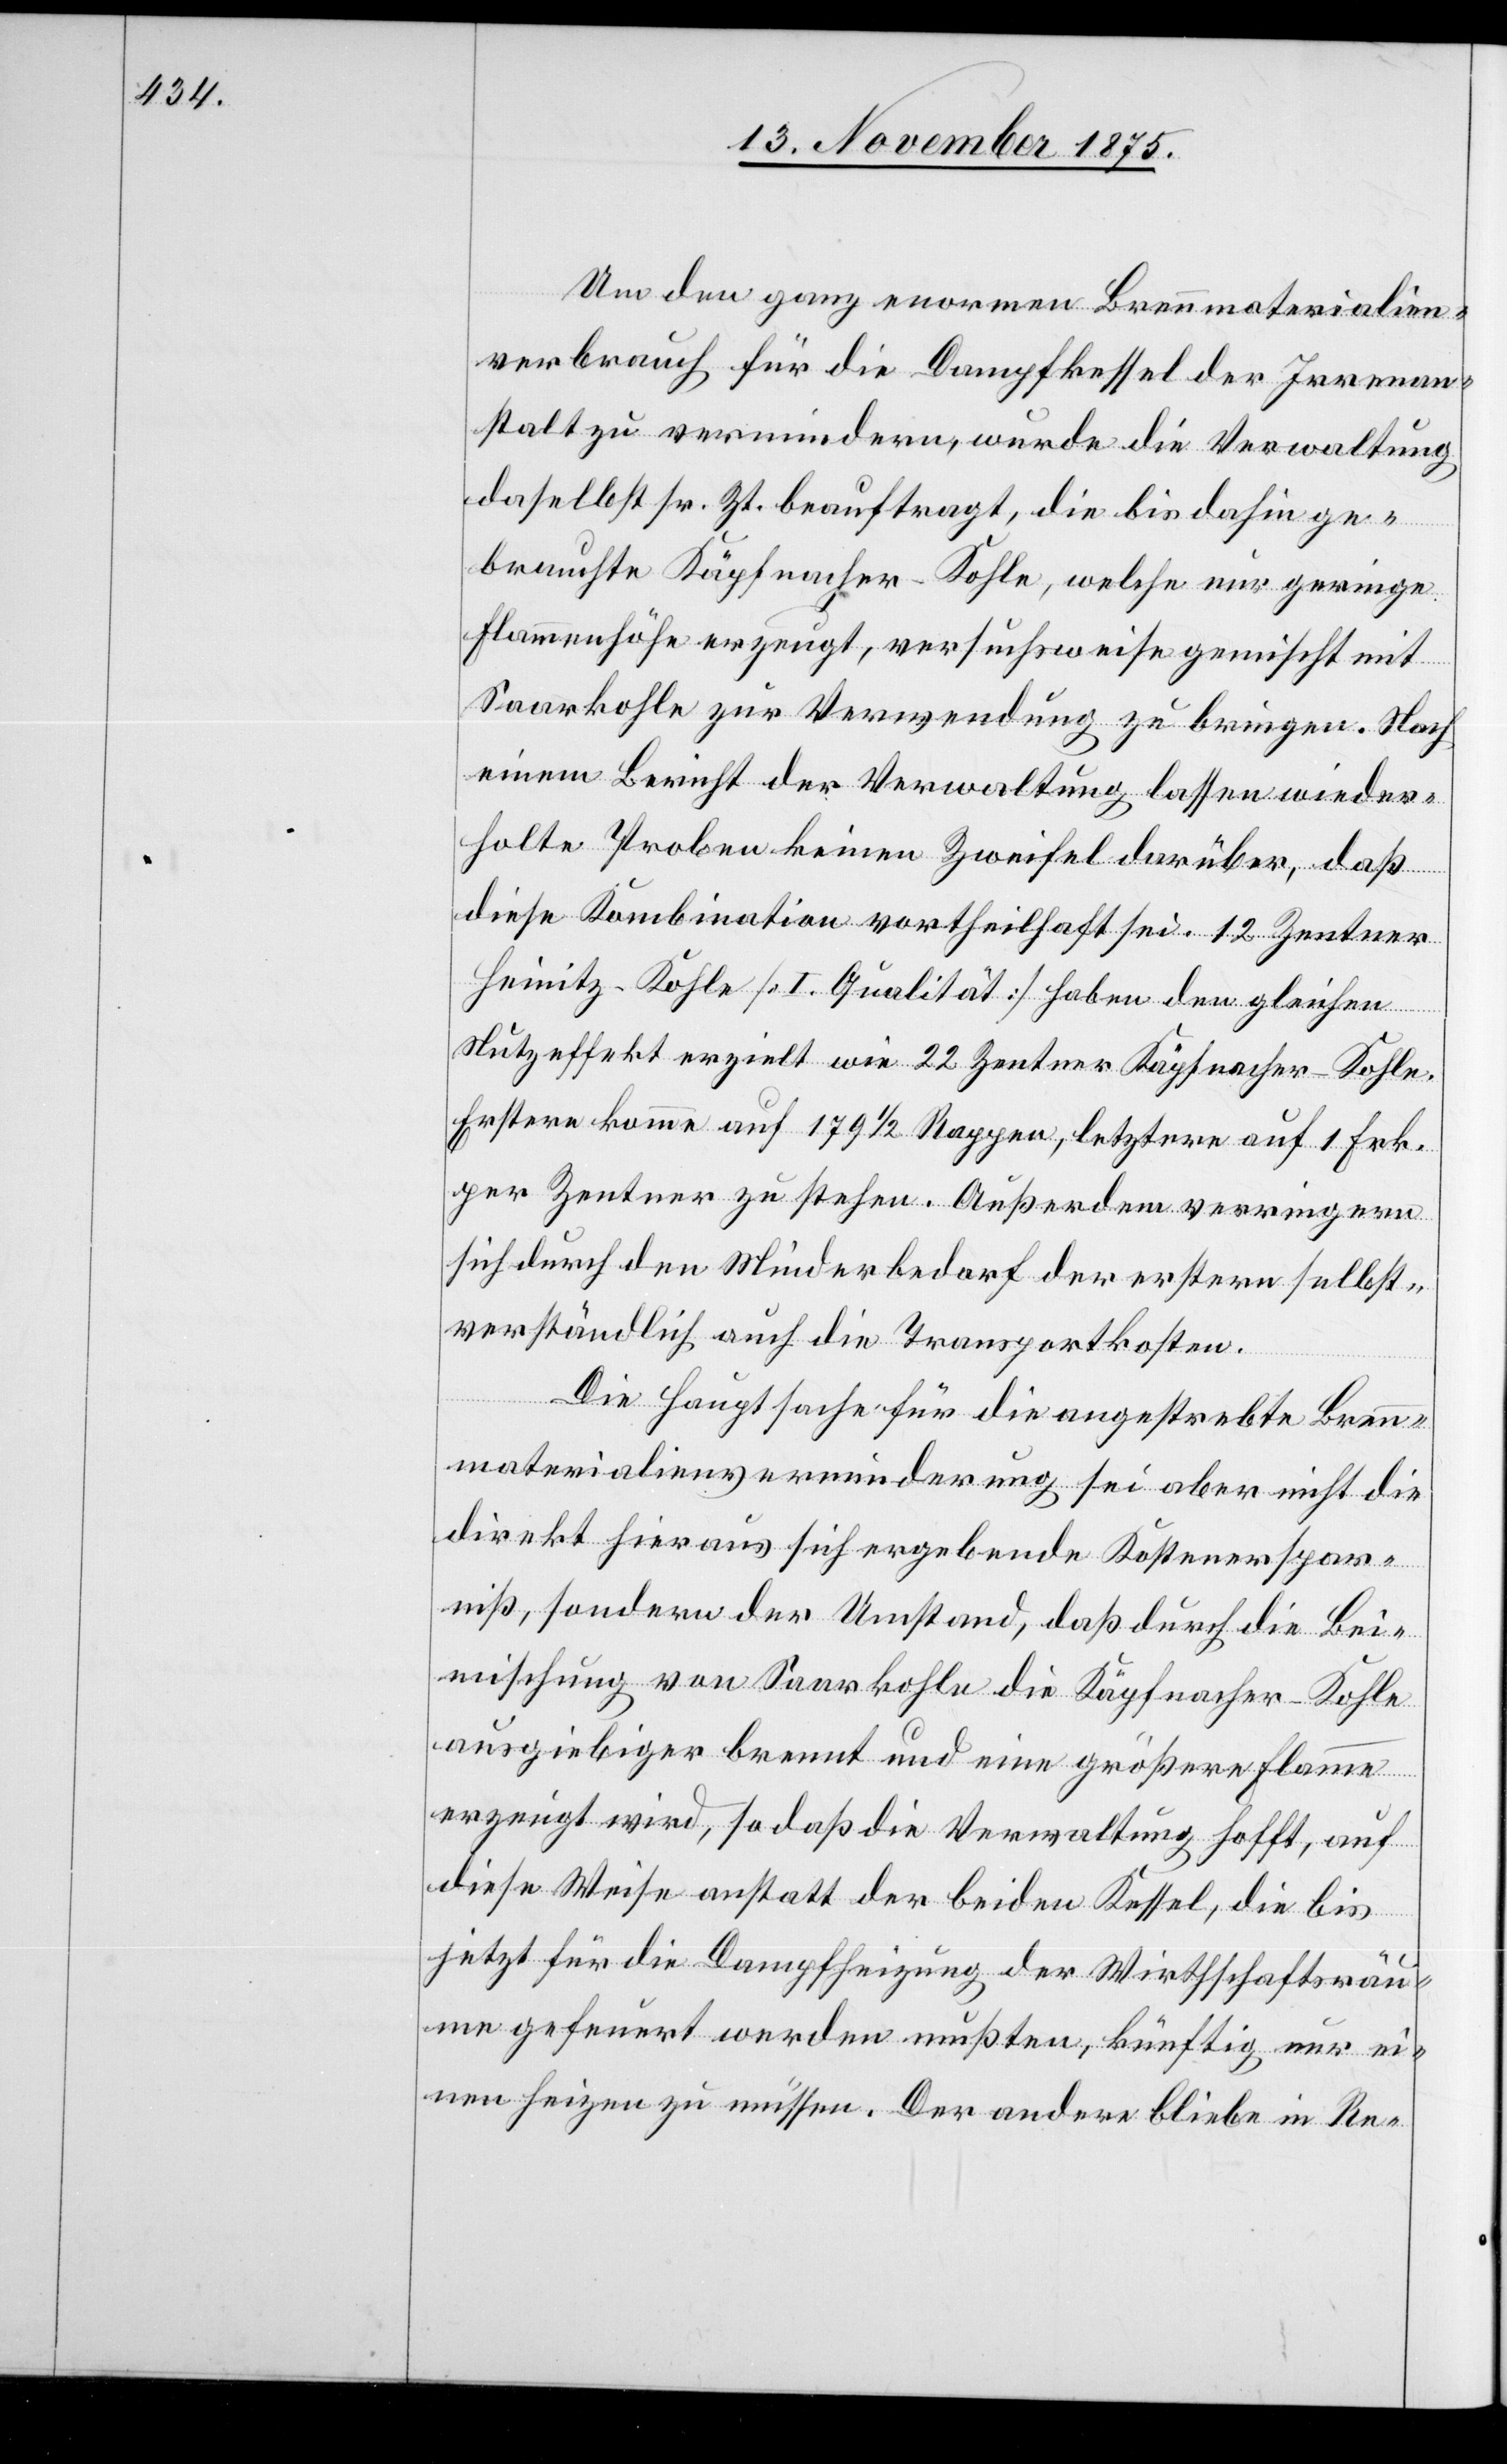
Um den ganz enormen Brennmaterialien¬
verbrauch für die Dampfkessel der Irrenan¬
stalt zu vermindern, wurde die Verwaltung
daselbst sr. Zt. beauftragt, die bis dahin ge¬
brauchte Käpfnacher-Kohle, welche nur geringe
Flammenhöhe erzeugt, versuchsweise gemischt mit
Saarkohle zur Verwendung zu bringen. Nach
einem Bericht der Verwaltung lassen wieder¬
holte Proben keinen Zweifel darüber, daß
diese Kombination vortheilhaft sei. 12 Zentner
Heinitz-Kohle [I. Qualität] haben den gleichen
Nutzeffekt erzielt wie 22 Zentner Käpfnacher-Kohle.
Erstere komme auf 179 1/2 Rappen, letztere auf 1 Frk.
per Zentner zu stehen. Außerdem verringern
sich durch den Minderbedarf der erstern selbst¬
verständlich auch die Transportkosten.
Die Hauptsache für die angestrebte Bren¬
nmaterialienverminderung sei aber nicht die
direkt hieraus sich ergebende Kostenerspar¬
niß, sondern der Umstand, daß durch die Bei¬
mischung von Saarkohle die Käpfnacher-Kohle
ausgiebiger brennt und eine größere Flamme
erzeugt wird, so daß die Verwaltung hofft, auf
diese Weise anstatt der beiden Kessel, die bis
jetzt für die Dampfheizung der Wirthschaftsräum¬
e gefeuert werden mußten, künftig nur ei¬
nen heizen zu müssen. Der andere bliebe in Re-